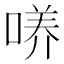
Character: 𱓧